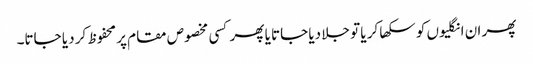
پھر ان انگلیوں کو سکھا کر یا تو جلا دیا جاتا یا پھر کسی مخصوص مقام پر محفوظ کر دیا جاتا۔